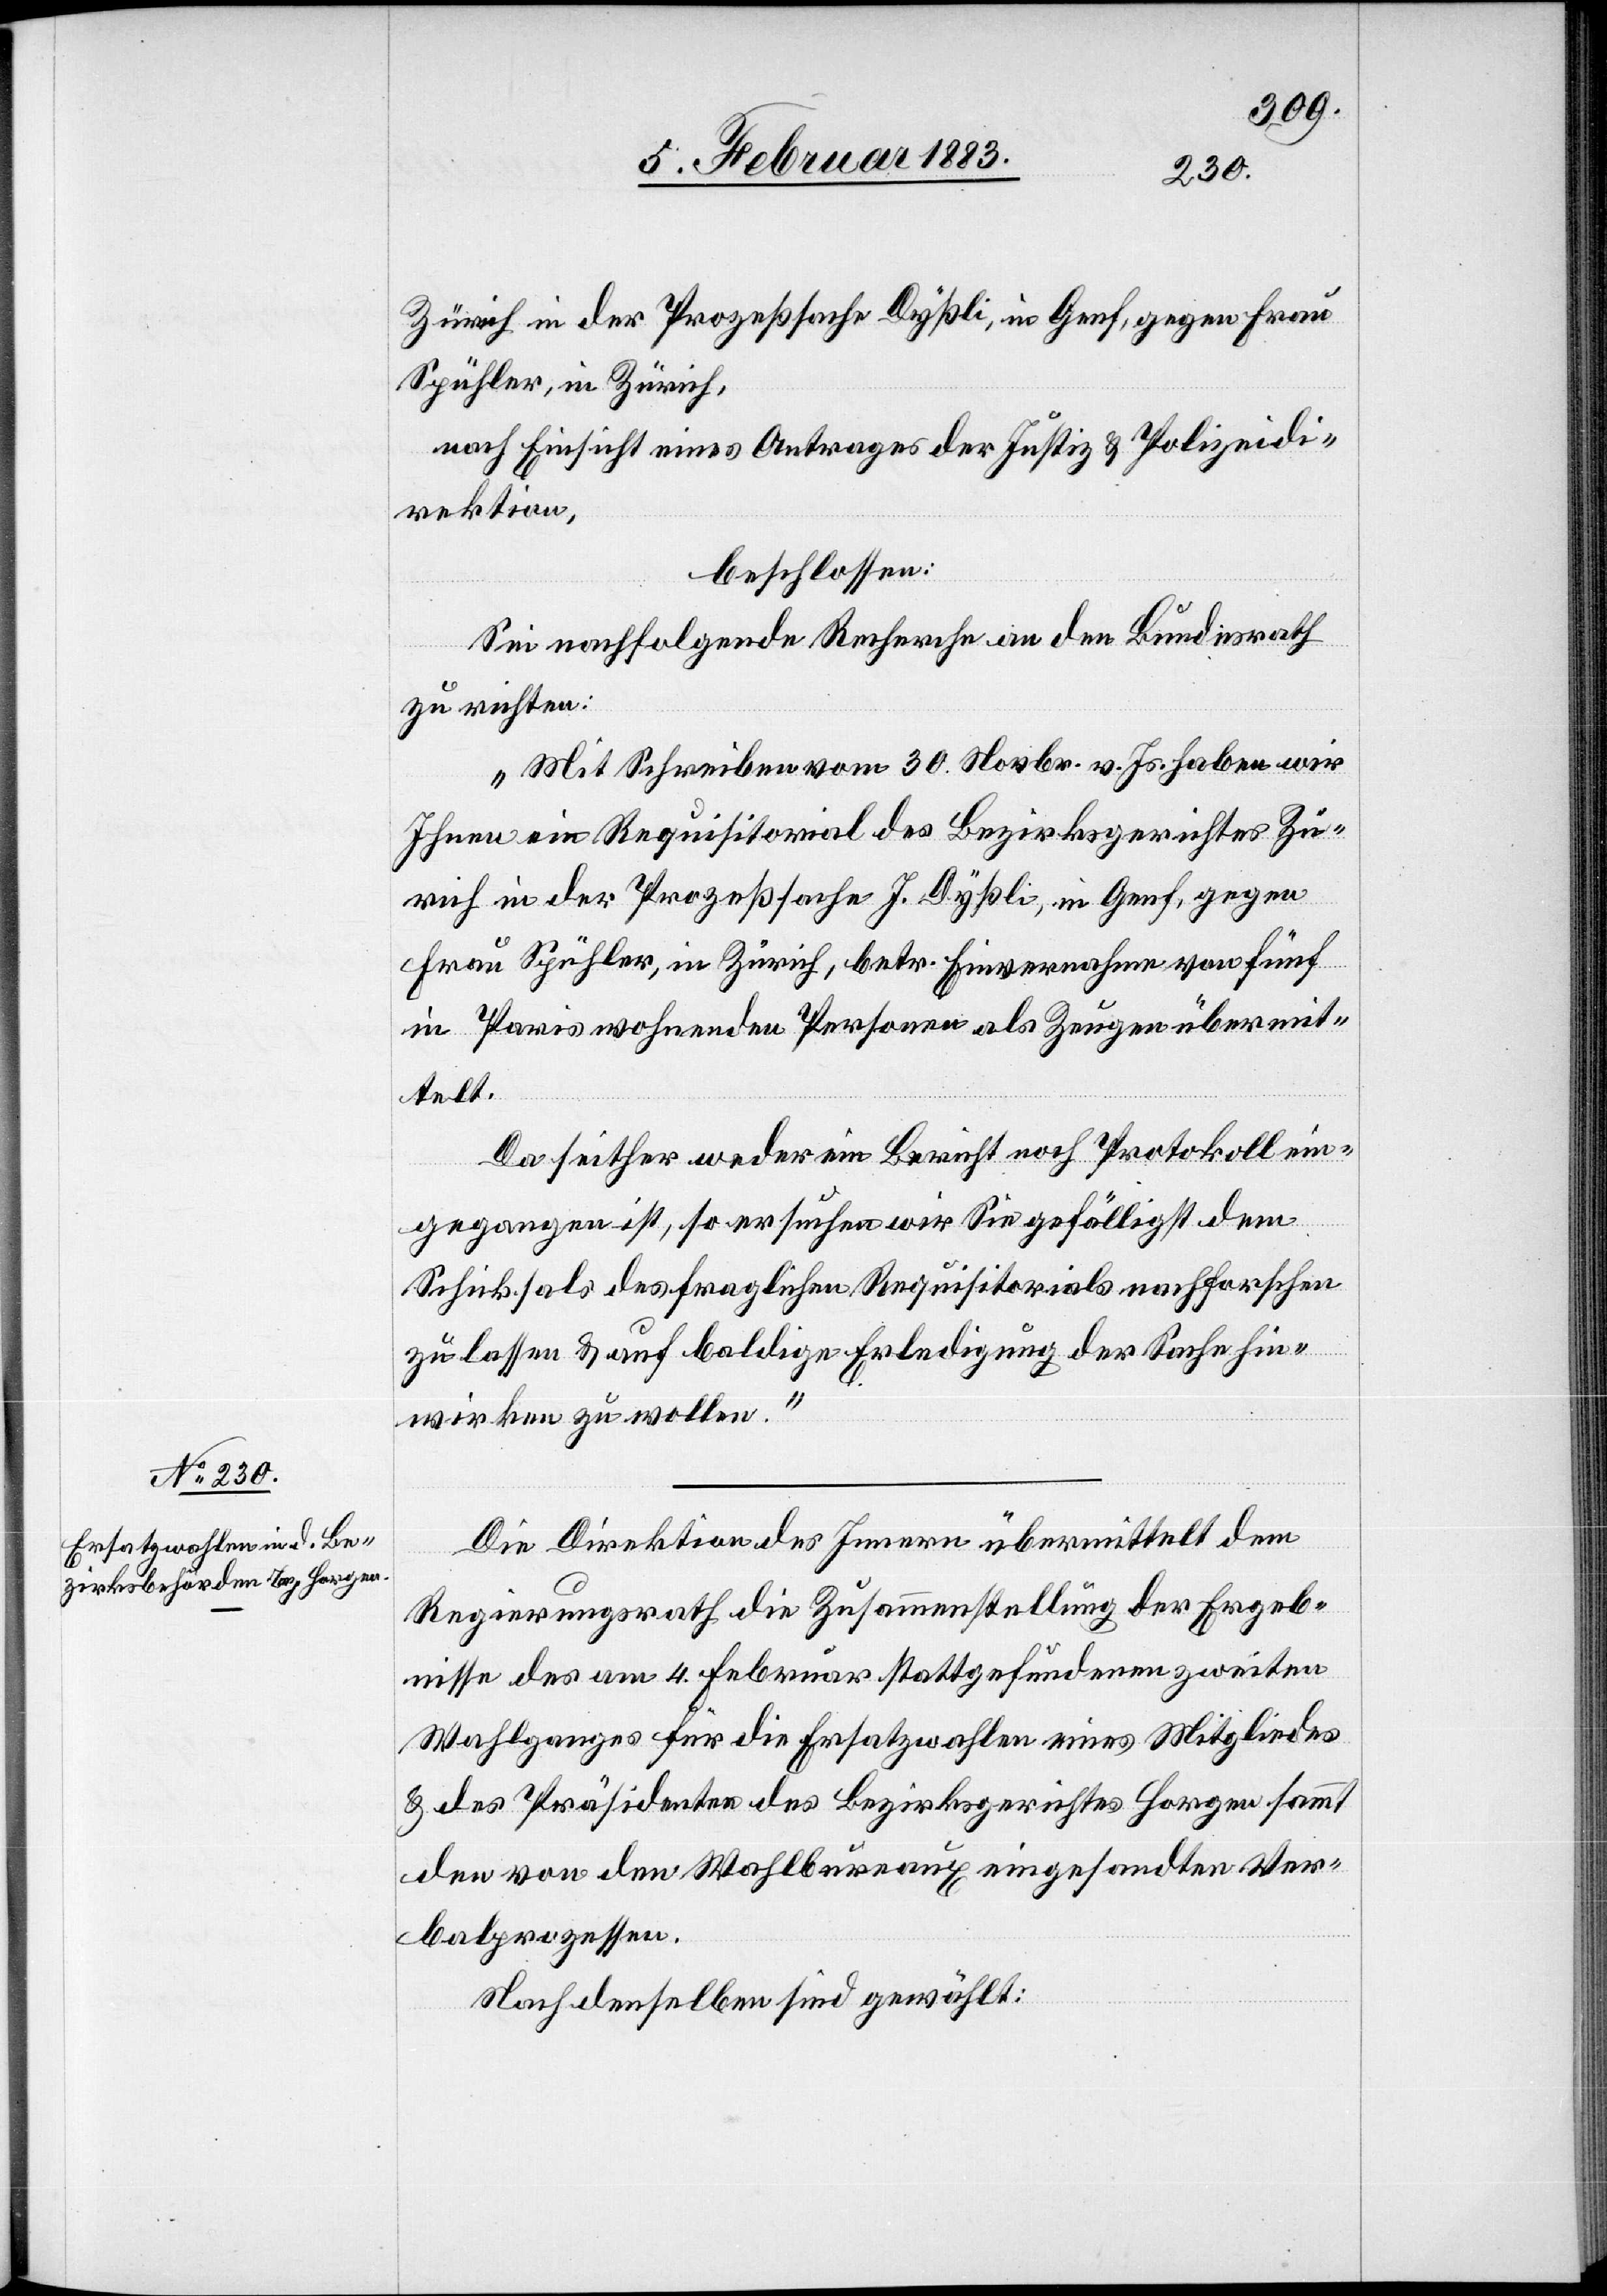
6. Februar 1883.]
Zürich in der Prozeßsache Dyßli, in Genf, gegen Frau
Spühler, in Zürich,
nach Einsicht eines Antrages der Justiz- & Polizeidi¬
rektion
beschlossen
Sei nachfolgende Recharge an den Bundesrath
zu richten:
„Mit Schreiben vom 30. Novbr. v. Js. haben wir
Ihnen ein Requisitorial des Bezirksgerichtes Zü¬
rich in der Prozeßsache J. Dyßli, in Genf, gegen
Frau Spühler, in Zürich, betr. Einvernahme von fünf
in Paris wohnenden Personen als Zeugen übermit¬
telt.
Da seither weder ein Bericht noch Protokoll ein¬
gegangen ist, so ersuchen wir Sie gefälligst dem
Schicksal des fraglichen Requisitorials nachforschen
zu lassen & auf baldige Erledigung der Sache hin¬
wirken zu wollen.“
Die Direktion des Innern übermittelt dem
Regierungsrath die Zusammenstellung der Ergeb¬
nisse des am 4. Februar stattgefundenen zweiten
Wahlganges für die Ersatzwahlen eines Mitgliedes
& des Präsidenten des Bezirksgerichtes Horgen sammt
den von den Wahlbureaux eingesandten Ver¬
balprozessen.
Nach denselben sind gewählt: